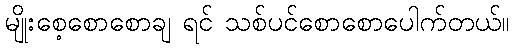
မျိုးစေ့စောစောချ ရင် သစ်ပင်စောစောပေါက်တယ်။